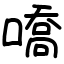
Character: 嘺